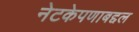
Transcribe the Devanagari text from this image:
नेटकेपणाबद्दल